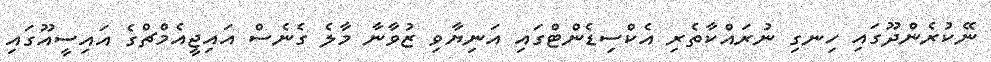
ނޭކުރެންދޫގައި ހިނގި ނުރައްކާތެރި އެކްސިޑެންޓްގައި އަނިޔާވި ޒުވާނާ މާލެ ގެނެސް އައިޖީއެމްޗްގެ އައިސީއޫގައި